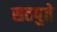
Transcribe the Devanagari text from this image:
सतपुते